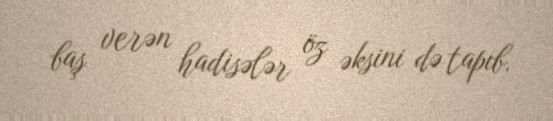
baş verən hadisələr öz əksini də tapıb.